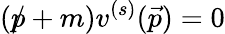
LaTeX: ({p\! \! \! /}+m)v^{(s)}({\vec{p}})=0